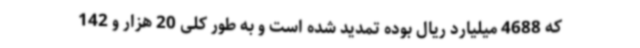
که 4688 میلیارد ریال بوده تمدید شده است و به طور کلی 20 هزار و 142